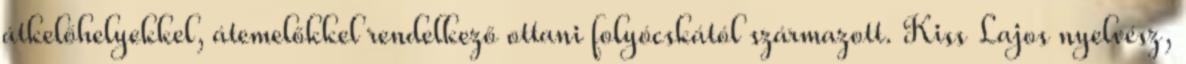
átkelőhelyekkel, átemelőkkel rendelkező ottani folyócskától származott. Kiss Lajos nyelvész,